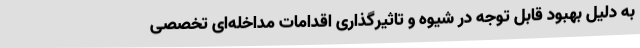
به دلیل بهبود قابل توجه در شیوه و تاثیرگذاری اقدامات مداخله‌ای تخصصی